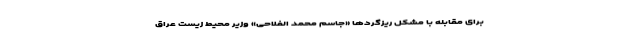
برای مقابله با مشکل ریزگردها «جاسم محمد الفلاحی» وزیر محیط زیست عراق